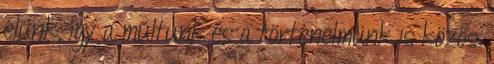
élünk, így a múltunk és a történelmünk is közös.